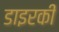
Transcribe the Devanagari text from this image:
डाइरकी